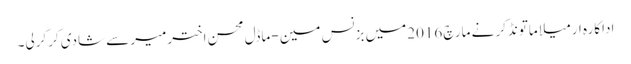
اداکارہ ارمیلا ماتونڈکر نے مارچ 2016میں بزنس مین -ماڈل محسن اخترمیرسے شادی کرکرلی۔